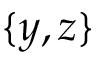
\{ y , z \}